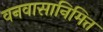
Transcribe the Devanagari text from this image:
वनवासानिमित्त